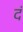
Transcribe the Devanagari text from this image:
दं